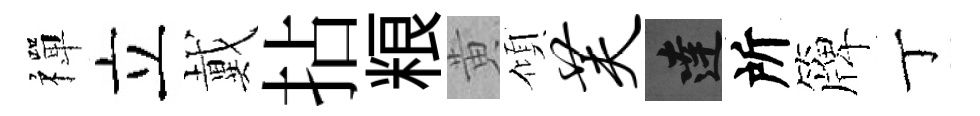
禪立戴拈粮黄傾芙達所簰丁